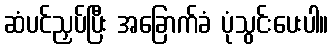
ဆံပင်ညှပ်ပြီး အခြောက်ခံ ပုံသွင်းပေးပါ။